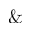
\&